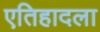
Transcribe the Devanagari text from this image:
एतिहादला